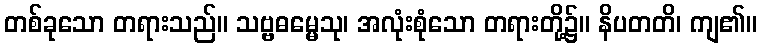
တစ်ခုသော တရားသည်။ သဗ္ဗဓမ္မေသု၊ အလုံးစုံသော တရားတို့၌။ နိပတတိ၊ ကျ၏။